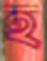
হ